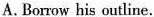
A. Borrow his outline.